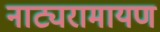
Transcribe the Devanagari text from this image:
नाट्यरामायण